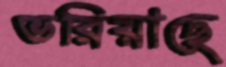
ভরিয়াছে